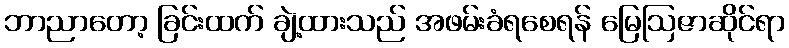
ဘာညာတော့ ခြင်းထက် ချဲ့ထားသည် အဖမ်းခံရစေရန် မြေဩဇာဆိုင်ရာ